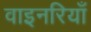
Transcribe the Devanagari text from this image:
वाइनरियाँ